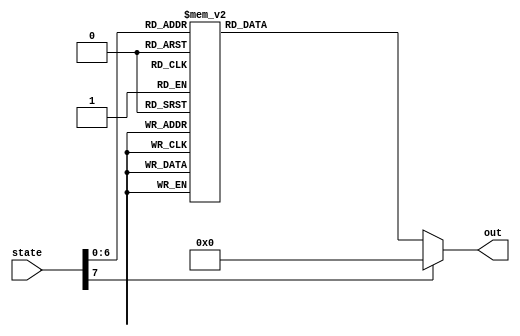
/*
   This file was generated automatically by Alchitry Labs version 1.2.7.
   Do not edit this file directly. Instead edit the original Lucid source.
   This is a temporary file and any changes made to it will be destroyed.
*/

module rom_ish_2 (
    input [7:0] state,
    output reg [247:0] out
  );
  
  
  
  always @* begin
    
    case (state)
      8'h00: begin
        out = 248'h606062636465666768696a6b6c6d6e6f707172737475767778797a7b7c7d7e;
      end
      8'h01: begin
        out = 248'h606062636465666768696a6b6c6d6e6f707172737475767778797a7b7c7d60;
      end
      8'h02: begin
        out = 248'h606062636465666768696a6b6c6d6e6f707172737475767778797a7b7c60fe;
      end
      8'h03: begin
        out = 248'h606062636465666768696a6b6c6d6e6f707172737475767778797a7b60fd60;
      end
      8'h04: begin
        out = 248'h606062636465666768696a6b6c6d6e6f707172737475767778797a60fc6060;
      end
      8'h05: begin
        out = 248'h606062636465666768696a6b6c6d6e6f7071727374757677787960fb606060;
      end
      8'h06: begin
        out = 248'h606062636465666768696a6b6c6d6e6f70717273747576777860fa60606060;
      end
      8'h07: begin
        out = 248'h606062636465666768696a6b6c6d6e6f707172737475767760f96060606060;
      end
      8'h08: begin
        out = 248'h606062636465666768696a6b6c6d6e6f7071727374757660f8606060606060;
      end
      8'h09: begin
        out = 248'h606062636465666768696a6b6c6d6e6f70717273747560f7606060606060fe;
      end
      8'h0a: begin
        out = 248'h606062636465666768696a6b6c6d6e6f707172737460f6606060606060fdfe;
      end
      8'h0b: begin
        out = 248'h606062636465666768696a6b6c6d6e6f7071727360f5606060606060fcfd7e;
      end
      8'h0c: begin
        out = 248'h606062636465666768696a6b6c6d6e6f70717260f4606060606060fbfc7d60;
      end
      8'h0d: begin
        out = 248'h606062636465666768696a6b6c6d6e6f707160f3606060606060fafb7c60fe;
      end
      8'h0e: begin
        out = 248'h606062636465666768696a6b6c6d6e6f7060f2606060606060f9fa7b60fd60;
      end
      8'h0f: begin
        out = 248'h606062636465666768696a6b6c6d6e6f60f1606060606060f8f97a60fc60fe;
      end
      8'h10: begin
        out = 248'h606062636465666768696a6b6c6d6e60f0606060606060f7f87960fb60fd60;
      end
      8'h11: begin
        out = 248'h606062636465666768696a6b6c6d60ef606060606060f6f77860fa60fc6060;
      end
      8'h12: begin
        out = 248'h606062636465666768696a6b6c60ee606060606060f5f67760f960fb606060;
      end
      8'h13: begin
        out = 248'h606062636465666768696a6b60ed606060606060f4f57660f860fa60606060;
      end
      8'h14: begin
        out = 248'h606062636465666768696a60ec606060606060f3f47560f760f9606060607e;
      end
      8'h15: begin
        out = 248'h6060626364656667686960eb606060606060f2f37460f660f8606060607dfe;
      end
      8'h16: begin
        out = 248'h60606263646566676860ea606060606060f1f27360f560f7606060607cfd7e;
      end
      8'h17: begin
        out = 248'h606062636465666760e9606060606060f0f17260f460f6606060607bfc7d60;
      end
      8'h18: begin
        out = 248'h6060626364656660e8606060606060eff07160f360f5606060607afb7c6060;
      end
      8'h19: begin
        out = 248'h60606263646560e7606060606060eeef7060f260f46060606079fa7b606060;
      end
      8'h1a: begin
        out = 248'h606062636460e6606060606060edee6f60f160f36060606078f97a60606060;
      end
      8'h1b: begin
        out = 248'h6060626360e5606060606060eced6e60f060f26060606077f879606060607e;
      end
      8'h1c: begin
        out = 248'h60606260e4606060606060ebec6d60ef60f16060606076f778606060607d60;
      end
      8'h1d: begin
        out = 248'h606160e3606060606060eaeb6c60ee60f06060606075f677606060607c60fe;
      end
      8'h1e: begin
        out = 248'h6060e2606060606060e9ea6b60ed60ef6060606074f576606060607b60fd60;
      end
      8'h1f: begin
        out = 248'h60e1606060606060e8e96a60ec60ee6060606073f475606060607a60fc60fe;
      end
      8'h20: begin
        out = 248'he0606060606060e7e86960eb60ed6060606072f374606060607960fb60fd60;
      end
      8'h21: begin
        out = 248'h606060606060e6e76860ea60ec6060606071f273606060607860fa60fc607e;
      end
      8'h22: begin
        out = 248'h6060606060e5e66760e960eb6060606070f172606060607760f960fb607d60;
      end
      8'h23: begin
        out = 248'h60606060e4e56660e860ea606060606ff071606060607660f860fa607c607e;
      end
      8'h24: begin
        out = 248'h606060e3e46560e760e9606060606eef70606060607560f760f9607b607d60;
      end
      8'h25: begin
        out = 248'h6060e2e36460e660e8606060606dee6f606060607460f660f8607a607c607e;
      end
      8'h26: begin
        out = 248'h60e1e26360e560e7606060606ced6e606060607360f560f76079607b607dfe;
      end
      8'h27: begin
        out = 248'he0e16260e460e6606060606bec6d606060607260f460f66078607a607cfd60;
      end
      8'h28: begin
        out = 248'he06160e360e5606060606aeb6c606060607160f360f560776079607bfc60fe;
      end
      8'h29: begin
        out = 248'h6060e260e46060606069ea6b606060607060f260f460766078607afb60fd7e;
      end
      8'h2a: begin
        out = 248'h60e160e36060606068e96a606060606f60f160f3607560776079fa60fc7d60;
      end
      8'h2b: begin
        out = 248'he060e26060606067e869606060606e60f060f2607460766078f960fb7c6060;
      end
      8'h2c: begin
        out = 248'h60e16060606066e768606060606d60ef60f1607360756077f860fa7b60607e;
      end
      8'h2d: begin
        out = 248'he06060606065e667606060606c60ee60f0607260746076f760f97a60607d7e;
      end
      8'h2e: begin
        out = 248'h6060606064e566606060606b60ed60ef607160736075f660f87960607c7d60;
      end
      8'h2f: begin
        out = 248'h60606063e465606060606a60ec60ee607060726074f560f77860607b7c6060;
      end
      8'h30: begin
        out = 248'h606062e364606060606960eb60ed606f60716073f460f67760607a7b60607e;
      end
      8'h31: begin
        out = 248'h6061e263606060606860ea60ec606e60706072f360f5766060797a60607dfe;
      end
      8'h32: begin
        out = 248'h60e162606060606760e960eb606d606f6071f260f4756060787960607cfd7e;
      end
      8'h33: begin
        out = 248'he061606060606660e860ea606c606e6070f160f3746060777860607bfc7dfe;
      end
      8'h34: begin
        out = 248'h60606060606560e760e9606b606d606ff060f2736060767760607afb7cfd7e;
      end
      8'h35: begin
        out = 248'h606060606460e660e8606a606c606eef60f17260607576606079fa7bfc7d7e;
      end
      8'h36: begin
        out = 248'h6060606360e560e76069606b606dee60f07160607475606078f97afb7c7d60;
      end
      8'h37: begin
        out = 248'h60606260e460e66068606a606ced60ef7060607374606077f879fa7b7c6060;
      end
      8'h38: begin
        out = 248'h606160e360e560676069606bec60ee6f60607273606076f778f97a7b606060;
      end
      8'h39: begin
        out = 248'h6060e260e460666068606aeb60ed6e60607172606075f677f8797a606060fe;
      end
      8'h3a: begin
        out = 248'h60e160e3606560676069ea60ec6d60607071606074f576f77879606060fd60;
      end
      8'h3b: begin
        out = 248'he060e2606460666068e960eb6c60606f70606073f475f67778606060fc607e;
      end
      8'h3c: begin
        out = 248'h60e1606360656067e860ea6b60606e6f606072f374f57677606060fb607d60;
      end
      8'h3d: begin
        out = 248'he0606260646066e760e96a60606d6e606071f273f47576606060fa607c6060;
      end
      8'h3e: begin
        out = 248'h606160636065e660e86960606c6d606070f172f37475606060f9607b60607e;
      end
      8'h3f: begin
        out = 248'h6060626064e560e76860606b6c60606ff071f27374606060f8607a60607d7e;
      end
      8'h40: begin
        out = 248'h60616063e460e66760606a6b60606eef70f17273606060f7607960607c7d60;
      end
      8'h41: begin
        out = 248'h606062e360e5666060696a60606dee6ff07172606060f6607860607b7c6060;
      end
      8'h42: begin
        out = 248'h6061e260e4656060686960606ced6eef7071606060f5607760607a7b606060;
      end
      8'h43: begin
        out = 248'h60e160e3646060676860606bec6dee6f70606060f460766060797a606060fe;
      end
      8'h44: begin
        out = 248'he060e2636060666760606aeb6ced6e6f606060f3607560607879606060fdfe;
      end
      8'h45: begin
        out = 248'h60e16260606566606069ea6bec6d6e606060f2607460607778606060fcfd60;
      end
      8'h46: begin
        out = 248'he06160606465606068e96aeb6c6d606060f1607360607677606060fbfc6060;
      end
      8'h47: begin
        out = 248'h6060606364606067e869ea6b6c606060f0607260607576606060fafb6060fe;
      end
      8'h48: begin
        out = 248'h60606263606066e768e96a6b606060ef607160607475606060f9fa6060fd60;
      end
      8'h49: begin
        out = 248'h606162606065e667e8696a606060ee607060607374606060f8f96060fc6060;
      end
      8'h4a: begin
        out = 248'h6061606064e566e76869606060ed606f60607273606060f7f86060fb60607e;
      end
      8'h4b: begin
        out = 248'h60606063e465e66768606060ec606e60607172606060f6f76060fa60607d60;
      end
      8'h4c: begin
        out = 248'h606062e364e56667606060eb606d60607071606060f5f66060f960607c607e;
      end
      8'h4d: begin
        out = 248'h6061e263e46566606060ea606c60606f70606060f4f56060f860607b607dfe;
      end
      8'h4e: begin
        out = 248'h60e162e36465606060e9606b60606e6f606060f3f46060f760607a607cfd7e;
      end
      8'h4f: begin
        out = 248'he061e26364606060e8606a60606d6e606060f2f36060f6606079607bfc7d60;
      end
      8'h50: begin
        out = 248'h60e16263606060e7606960606c6d606060f1f26060f5606078607afb7c6060;
      end
      8'h51: begin
        out = 248'he06162606060e6606860606b6c606060f0f16060f46060776079fa7b6060fe;
      end
      8'h52: begin
        out = 248'h6061606060e5606760606a6b606060eff06060f36060766078f97a6060fdfe;
      end
      8'h53: begin
        out = 248'h60606060e460666060696a606060eeef6060f26060756077f8796060fcfd7e;
      end
      8'h54: begin
        out = 248'h606060e3606560606869606060edee6060f16060746076f7786060fbfc7d60;
      end
      8'h55: begin
        out = 248'h6060e2606460606768606060eced6060f06060736075f6776060fafb7c6060;
      end
      8'h56: begin
        out = 248'h60e1606360606667606060ebec6060ef6060726074f5766060f9fa7b606060;
      end
      8'h57: begin
        out = 248'he0606260606566606060eaeb6060ee6060716073f4756060f8f97a6060607e;
      end
      8'h58: begin
        out = 248'h606160606465606060e9ea6060ed6060706072f3746060f7f8796060607dfe;
      end
      8'h59: begin
        out = 248'h6060606364606060e8e96060ec60606f6071f2736060f6f7786060607cfd60;
      end
      8'h5a: begin
        out = 248'h60606263606060e7e86060eb60606e6070f1726060f5f6776060607bfc60fe;
      end
      8'h5b: begin
        out = 248'h606162606060e6e76060ea60606d606ff0716060f4f5766060607afb60fdfe;
      end
      8'h5c: begin
        out = 248'h6061606060e5e66060e960606c606eef706060f3f47560606079fa60fcfd7e;
      end
      8'h5d: begin
        out = 248'h60606060e4e56060e860606b606dee6f6060f2f37460606078f960fbfc7dfe;
      end
      8'h5e: begin
        out = 248'h606060e3e46060e760606a606ced6e6060f1f27360606077f860fafb7cfd7e;
      end
      8'h5f: begin
        out = 248'h6060e2e36060e6606069606bec6d6060f0f17260606076f760f9fa7bfc7dfe;
      end
      8'h60: begin
        out = 248'h60e1e26060e5606068606aeb6c6060eff07160606075f660f8f97afb7cfd60;
      end
      8'h61: begin
        out = 248'he0e16060e46060676069ea6b6060eeef7060606074f560f7f879fa7bfc607e;
      end
      8'h62: begin
        out = 248'he06060e36060666068e96a6060edee6f60606073f460f6f778f97afb607d60;
      end
      8'h63: begin
        out = 248'h6060e26060656067e8696060eced6e60606072f360f5f677f879fa607c6060;
      end
      default: begin
        out = 248'h00000000000000000000000000000000000000000000000000000000000000;
      end
    endcase
  end
endmodule